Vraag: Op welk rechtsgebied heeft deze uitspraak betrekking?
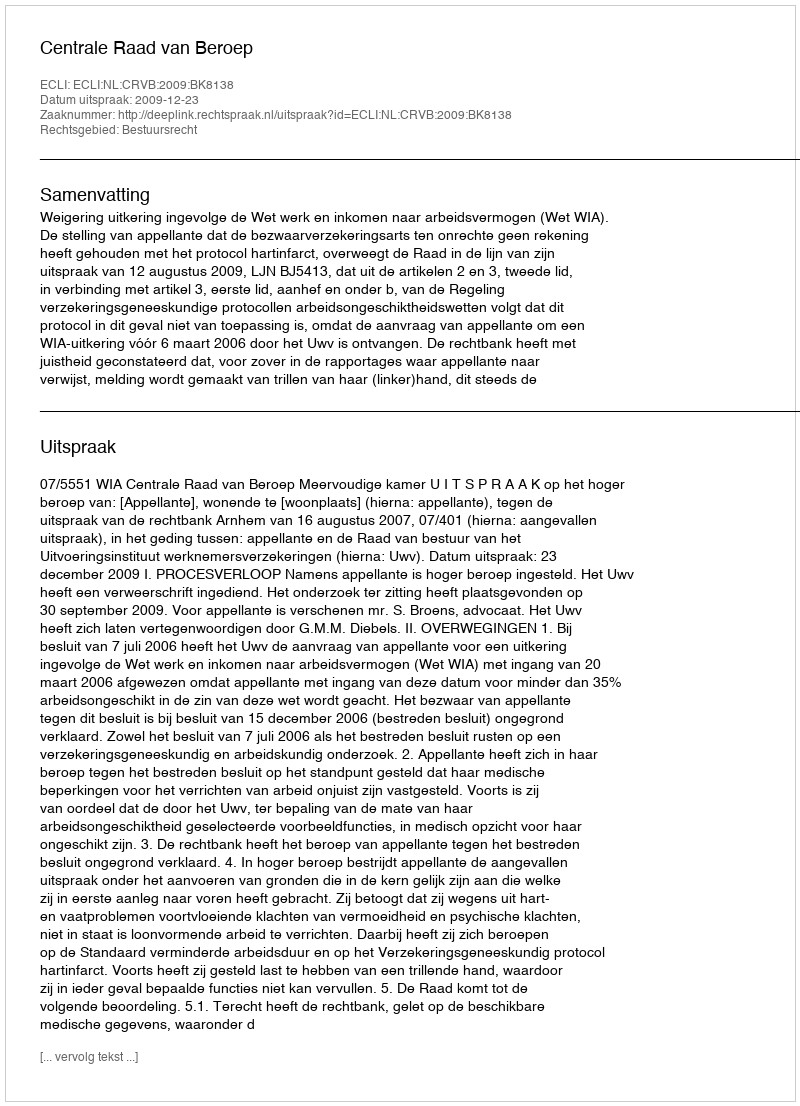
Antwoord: Bestuursrecht